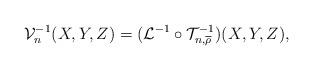
LaTeX: \begin{align*}\mathcal V_{n}^{-1}(X,Y,Z)=(\mathcal L^{-1} \circ \mathcal T^{-1}_{n,\overline \rho})(X,Y,Z),\end{align*}